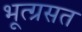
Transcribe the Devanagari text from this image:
भूत्ग्रसत